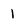
Character: 1